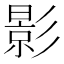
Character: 影